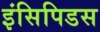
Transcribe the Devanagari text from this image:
इंसिपिडस